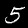
Label: 5